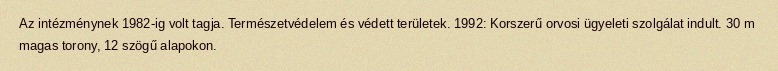
Az intézménynek 1982-ig volt tagja. Természetvédelem és védett területek. 1992: Korszerű orvosi ügyeleti szolgálat indult. 30 m magas torony, 12 szögű alapokon.